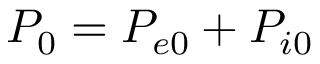
P _ { 0 } = P _ { e 0 } + P _ { i 0 }